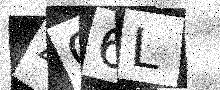
Text: 4O6L